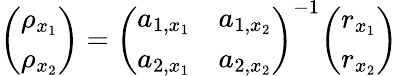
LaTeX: {\left(\begin{array}{l}{\rho_{x_{1}}}\\ {\rho_{x_{2}}}\end{array}\right)}={\left(\begin{array}{ll}{a_{1,x_{1}}}&{a_{1,x_{2}}}\\ {a_{2,x_{1}}}&{a_{2,x_{2}}}\end{array}\right)}^{-1}{\left(\begin{array}{l}{r_{x_{1}}}\\ {r_{x_{2}}}\end{array}\right)}